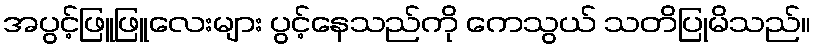
အပွင့်ဖြူဖြူလေးများ ပွင့်နေသည်ကို ကေသွယ် သတိပြုမိသည်။